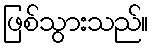
ဖြစ်သွားသည်။